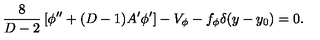
{ \frac { 8 } { D - 2 } } \left[ \phi ^ { \prime \prime } + ( D - 1 ) A ^ { \prime } \phi ^ { \prime } \right] - V _ { \phi } - f _ { \phi } \delta ( y - y _ { 0 } ) = 0 .